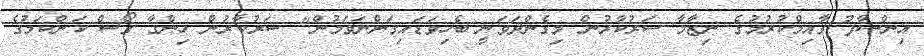
އިންސާފު ގާއިމްކުރުމުގެ ނިޒާމާ ސަރުކާރުން މިގެންދަވަނީ ބެހިވަޑައިގަންނަވަމުން" ސަރުކާރުން ހިންގާ ގޯސް ކަންކަމުގެ